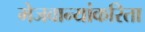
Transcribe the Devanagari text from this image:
मेजवान्यांकरिता